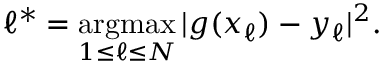
\ell ^ { * } = \mathop { \mathrm { a r g m a x } } _ { 1 \leq \ell \leq N } | g ( x _ { \ell } ) - y _ { \ell } | ^ { 2 } .